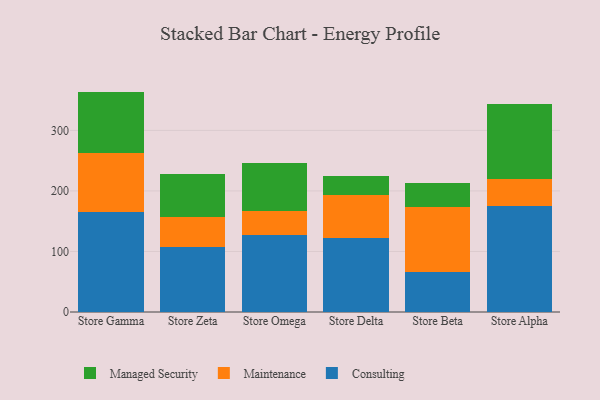
{"axis": {"x": "Store", "y": "Market Share (%)"}, "legend": ["Consulting", "Maintenance", "Managed Security"], "data": [{"x": "Store Gamma", "y": 165.4, "type": "Consulting"}, {"x": "Store Gamma", "y": 97.1, "type": "Maintenance"}, {"x": "Store Gamma", "y": 101.6, "type": "Managed Security"}, {"x": "Store Zeta", "y": 106.9, "type": "Consulting"}, {"x": "Store Zeta", "y": 50.4, "type": "Maintenance"}, {"x": "Store Zeta", "y": 70.4, "type": "Managed Security"}, {"x": "Store Omega", "y": 126.4, "type": "Consulting"}, {"x": "Store Omega", "y": 39.8, "type": "Maintenance"}, {"x": "Store Omega", "y": 80.4, "type": "Managed Security"}, {"x": "Store Delta", "y": 122.7, "type": "Consulting"}, {"x": "Store Delta", "y": 71.3, "type": "Maintenance"}, {"x": "Store Delta", "y": 31.4, "type": "Managed Security"}, {"x": "Store Beta", "y": 66.3, "type": "Consulting"}, {"x": "Store Beta", "y": 107.8, "type": "Maintenance"}, {"x": "Store Beta", "y": 39.2, "type": "Managed Security"}, {"x": "Store Alpha", "y": 175.1, "type": "Consulting"}, {"x": "Store Alpha", "y": 44.9, "type": "Maintenance"}, {"x": "Store Alpha", "y": 123.7, "type": "Managed Security"}]}